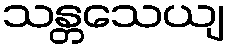
သန္တသေယျ